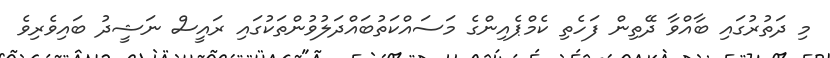
މި ދަތުރުގައި ބާއްވާ ދޭތިން ފަހެތި ކެމްޕެއިންގެ މަސައްކަތުބައްދަލުވުންތަކުގައި ރައީސް ނަޝީދު ބައިވެރިވެ